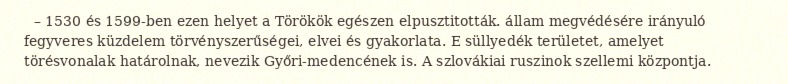
– 1530 és 1599-ben ezen helyet a Törökök egészen elpusztitották. állam megvédésére irányuló fegyveres küzdelem törvényszerűségei, elvei és gyakorlata. E süllyedék területet, amelyet törésvonalak határolnak, nevezik Győri-medencének is. A szlovákiai ruszinok szellemi központja.